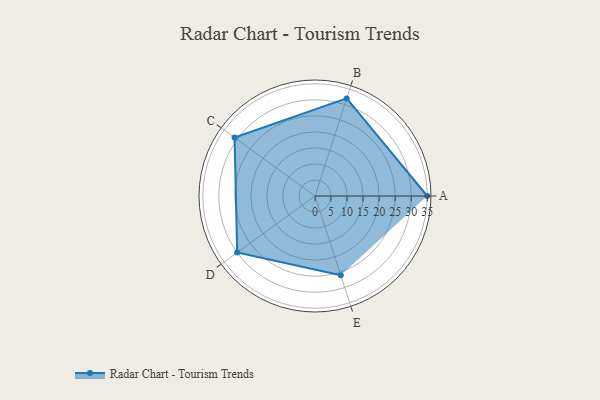
{"axis": {"x": "Skill", "y": "Score"}, "legend": ["Profile"], "data": [{"x": "A", "y": 35.0, "type": "Profile"}, {"x": "B", "y": 32.0, "type": "Profile"}, {"x": "C", "y": 31.0, "type": "Profile"}, {"x": "D", "y": 30.0, "type": "Profile"}, {"x": "E", "y": 26.0, "type": "Profile"}]}